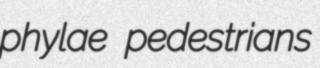
phylae pedestrians